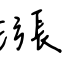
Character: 漲